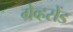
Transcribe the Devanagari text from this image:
ग्रेव्हसेंड